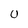
Character: U